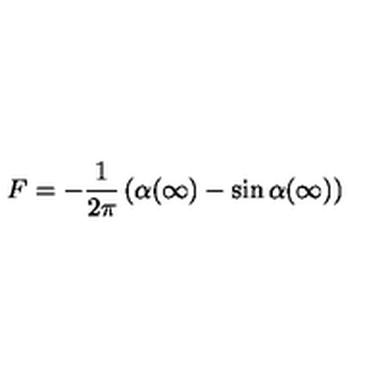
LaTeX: F = - \frac { 1 } { 2 \pi } \left( \alpha ( \infty ) - \sin \alpha ( \infty ) \right)